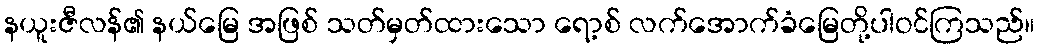
နယူးဇီလန်၏ နယ်မြေ အဖြစ် သတ်မှတ်ထားသော ရော့စ် လက်အောက်ခံမြေတို့ပါဝင်ကြသည်။